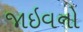
જાઇવનો